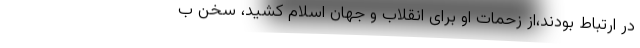
در ارتباط بودند،‌از زحمات او برای انقلاب و جهان اسلام کشید، سخن ب